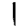
Digit: 1